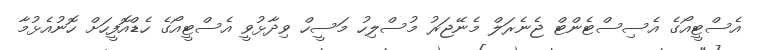
އެސްޓީއޯގެ އެސިސްޓެންޓް ޖެނެރަލް މެނޭޖަރު މުސްލިހު މަސީހް ވިދާޅުވީ އެސްޓީއޯގެ ހެޑްއޮފީހަށް ހޮނުއެޅުމާ